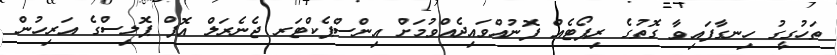
ތަހުގީގު ހިނގާފައިވާ ގޮތުގެ ރިޕޯޓެއް ފޮނުއްވައިދެއްވުމަށް އިންސްޕެކްޓަރ ޖެނެރަލް އޮފް ޕޮލިސްގެ އަރިހުން